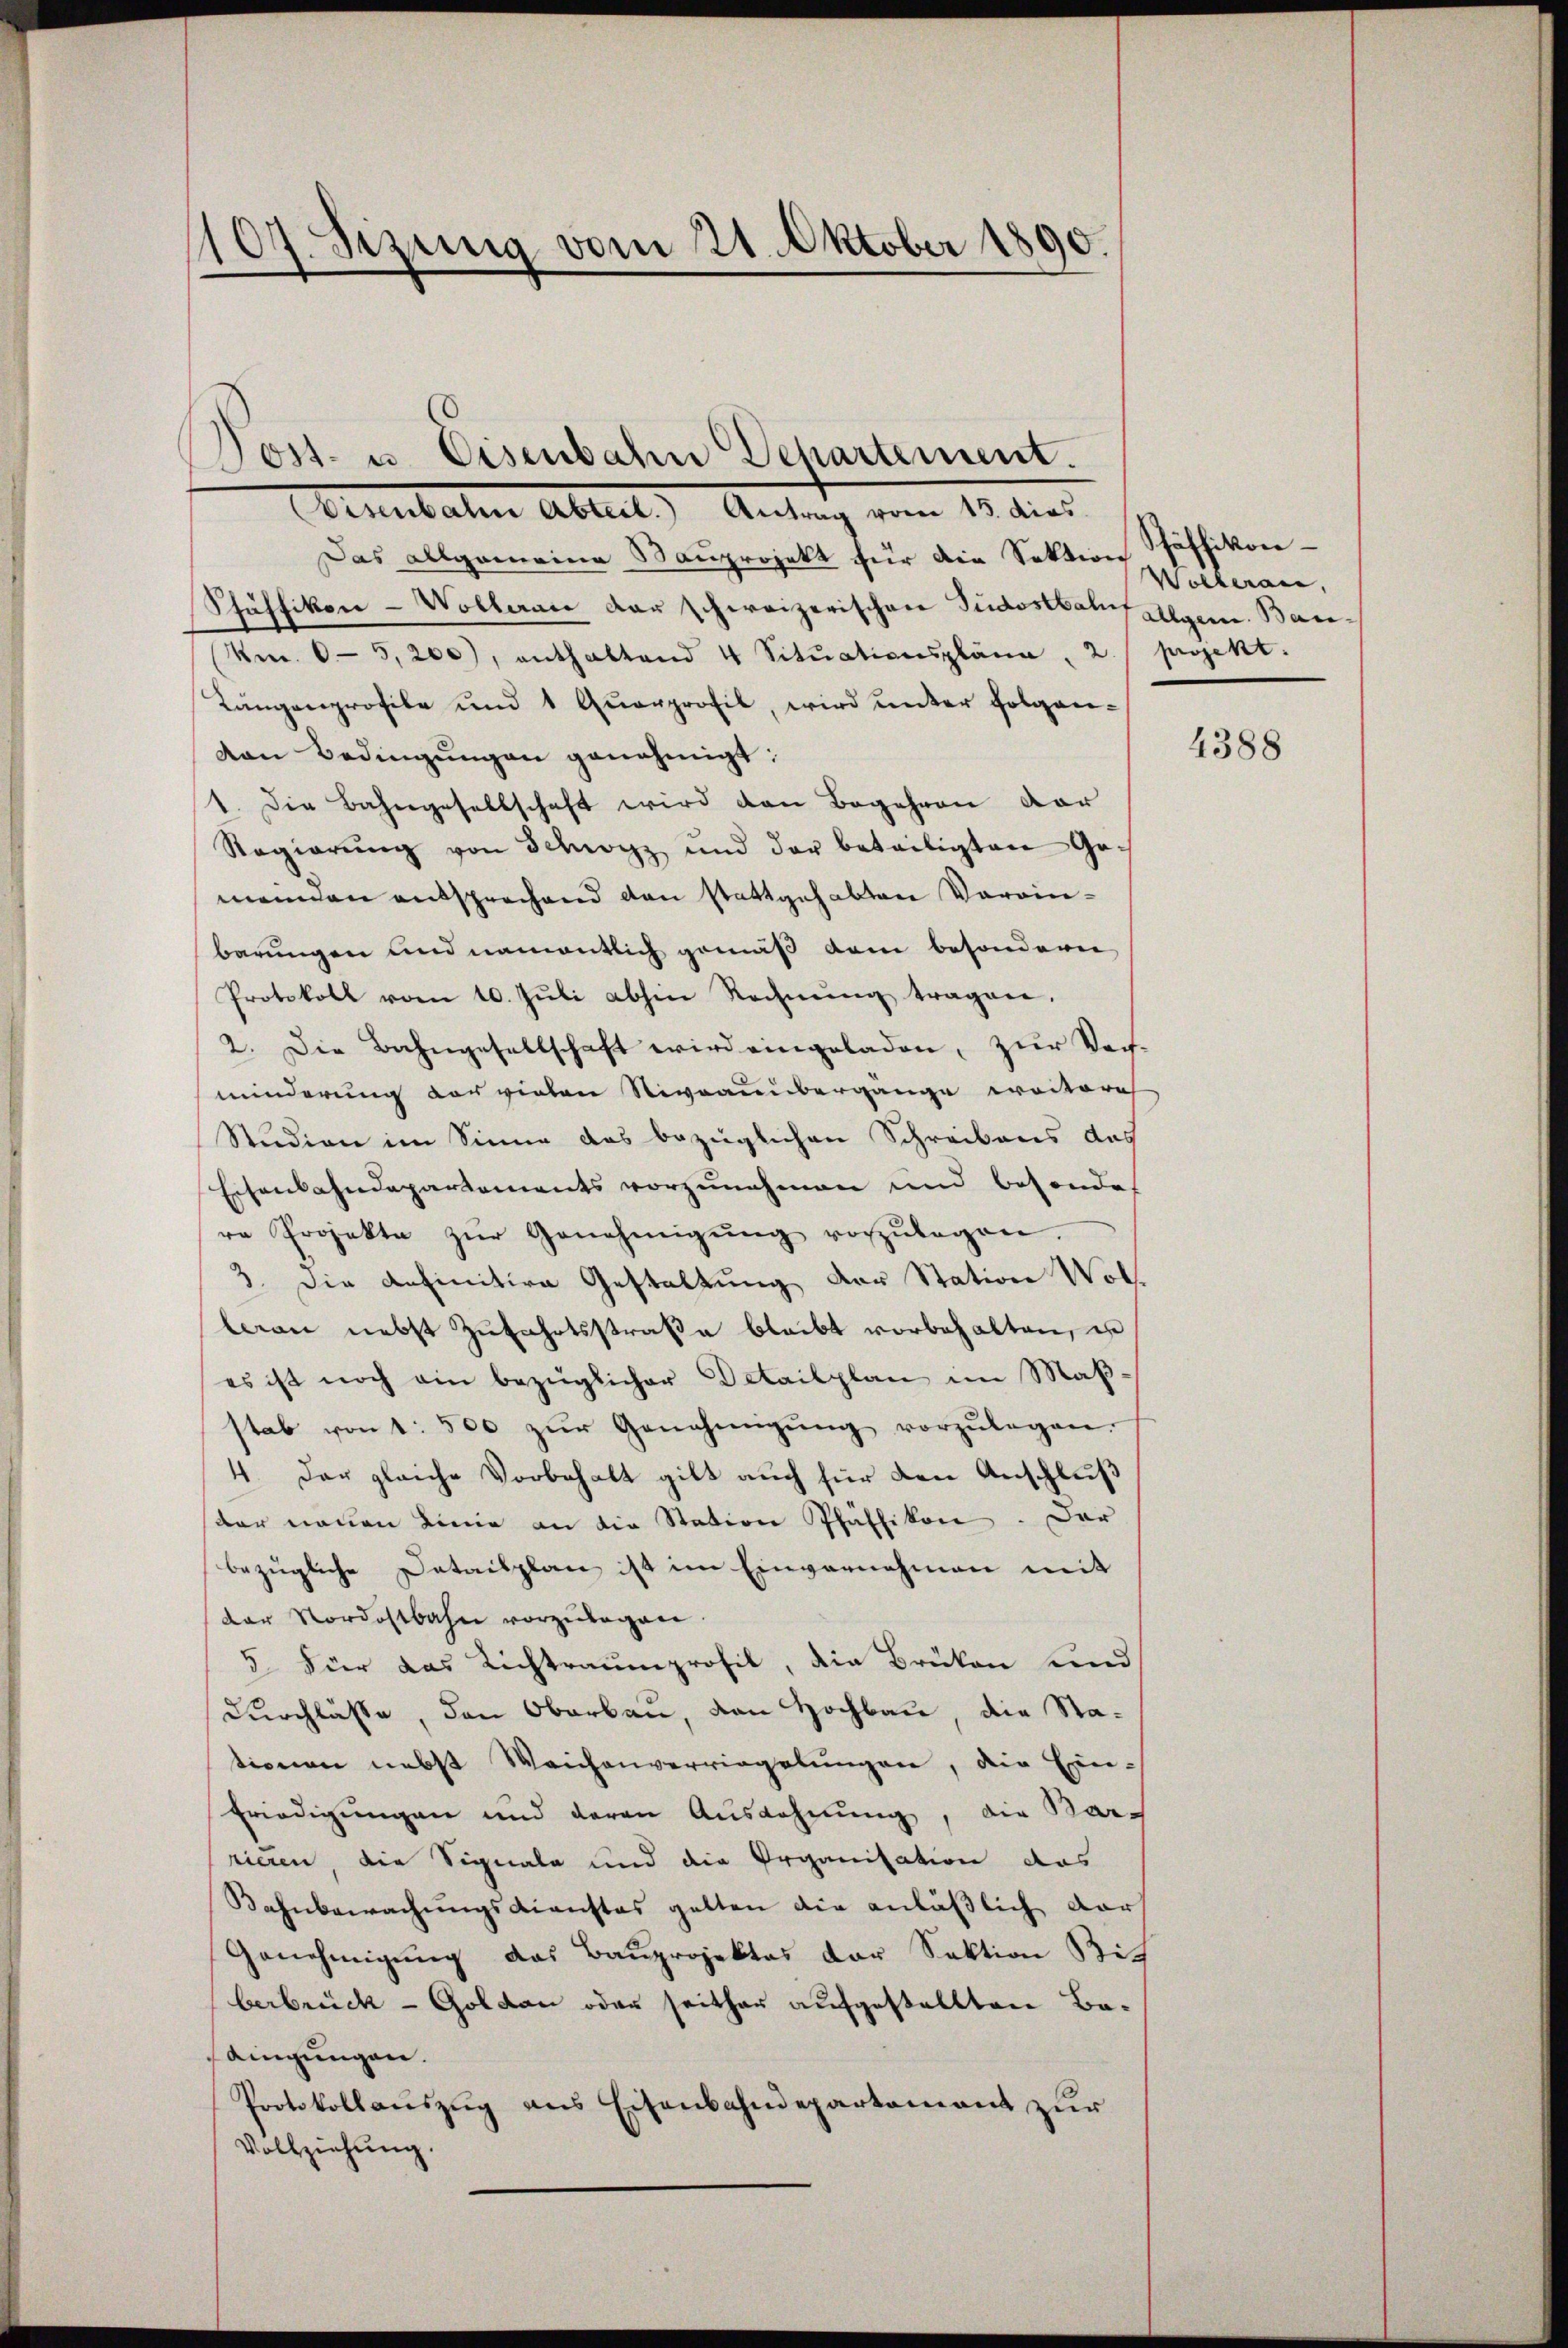
1107. Sizung vom 21. Oktober 1890.

Post- u. Eisenbahn Departement.

Eisenbahn Abteil. Antrag vom 15. dies
Das allgemeine Sauprojekt für die Sektion
Schäffikon-Volleraus der schweizerischen Südostbahr allgem. Bau¬
Nr. 65,200, enthaltend 4 Sitŭationspläne, 2. projekt.
Längenprofile und 1 Quarprofil, wird unter folgenvon Bedingungen genehmigt:
1. Die Bahngesellschaft wird den Begehren vor
Regierŭng von Schwyz und der beteiligten Gemeinden entsprechend den stattgehabten Vereinbarungen und namentlich gemäß dem besondern
Protokoll vom 10. Jŭli abhin Rechnŭng tragen.
2. Die Bahngesellschaft wird eingeladen, zur Ver-
minderung vor vielen Niveaunbergänge weitere
Studien im Sinne das bezüglichen Schreibens das
Eisenbahndepartements vorzunehmen und besondes
re Projekte zŭr Genehmigŭng vorzŭlegen.
3. Die definitive Gestaltung der Station Wolleran nebst Zŭfahrtsstraße bleibt vorbehalten, u
es ist noch ein bezüglicher Detailplan im Maßstab von 1. 500 zŭr Genehmigŭng vorzŭlagen.
4. Der gleiche Vorbehalt gibt auch für den Anschluß
der neuen Linie an die Station Pfäffikon. Der
bezügliche Detailplan ist im Einvernehmen mit
der Nordostbahn vorzŭlegen.
5 Fier das Richtraumprofil, die Brüken und
Durchlasse, den Oberbau, von Hochbau, die Stationen nebst Weichenverwiegelŭngen, die Ein-
Eriedigungen und deren Ausdehnung, die Barrieren, die Signale und die Organisation das
Bahnbewachŭngsdienstes gelten die anläßlich dar
Genehmigung das Bauprojektes der Sektion Bich
berbrück - Golden oder seither aufgestellten Badingungen.
Protokollaŭszŭg ans Eisenbahndepartement zur
Vollziehung.

Pfäffikon
Wolleran,

4388